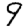
Digit: 9